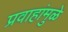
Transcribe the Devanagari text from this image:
प्रवाहांमुळे